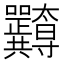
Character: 𭍖